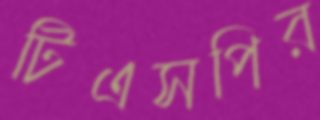
টিএসপির